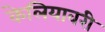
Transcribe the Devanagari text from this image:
केलियावरी